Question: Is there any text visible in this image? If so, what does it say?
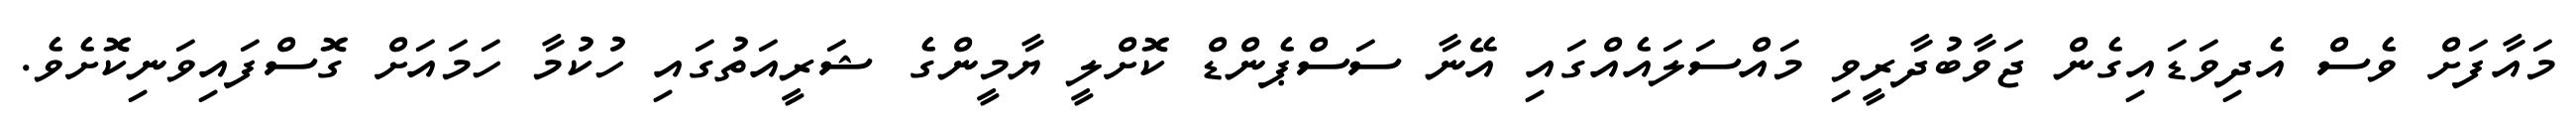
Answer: މައާފަށް ވެސް އެދިވަޑައިގެން ޖަވާބުދާރީވި މައްސަލައެއްގައި އޭނާ ސަސްޕެންޑް ކޮށްލީ ޔާމީންގެ ޝަރީއަތުގައި ހުކުމާ ހަމައަށް ގޮސްފައިވަނިކޮށެވެ.